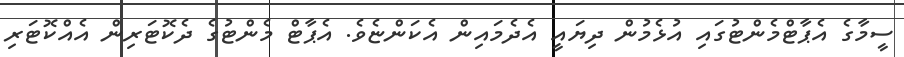
ސީމާގެ އެޕާޓްމެންޓުގައި އުޅެމުން ދިޔައީ އެދެމައިން އެކަންޏެވެ. އެޕާޓް މެންޓުގެ ދެކޮޓަރިން އެއްކޮޓަރި